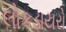
લોકડાયરો